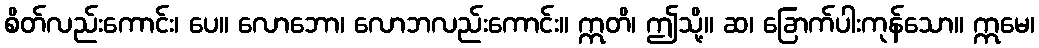
စိတ်လည်းကောင်း၊ ပေ။ လောဘော၊ လောဘလည်းကောင်း။ ဣတိ၊ ဤသို့။ ဆ၊ ခြောက်ပါးကုန်သော။ ဣမေ၊